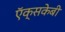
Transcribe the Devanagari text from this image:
ऍक्सकेबी